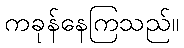
ကခုန်နေကြသည်။